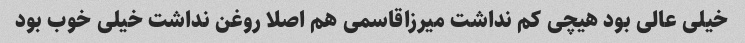
خیلی عالی بود هیچی کم نداشت میرزاقاسمی هم اصلا روغن نداشت خیلی خوب بود